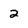
Character: 2